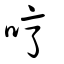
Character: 哼